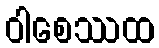
ဝါစေဿထ